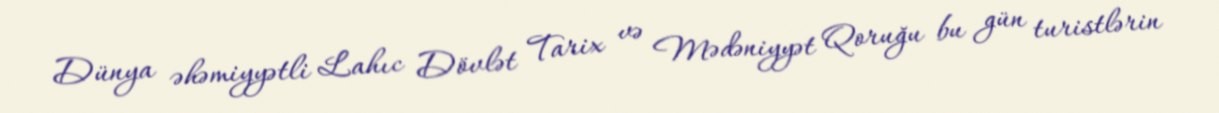
Dünya əhəmiyyətli Lahıc Dövlət Tarix və Mədəniyyət Qoruğu bu gün turistlərin